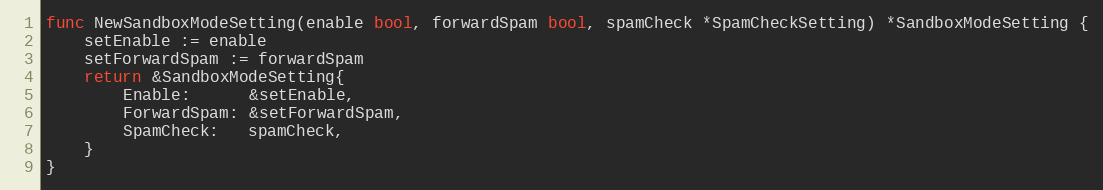
Language: Go
func NewSandboxModeSetting(enable bool, forwardSpam bool, spamCheck *SpamCheckSetting) *SandboxModeSetting {
	setEnable := enable
	setForwardSpam := forwardSpam
	return &SandboxModeSetting{
		Enable:      &setEnable,
		ForwardSpam: &setForwardSpam,
		SpamCheck:   spamCheck,
	}
}